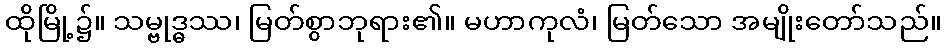
ထိုမြို့၌။ သမ္ဗုဒ္ဓဿ၊ မြတ်စွာဘုရား၏။ မဟာကုလံ၊ မြတ်သော အမျိုးတော်သည်။